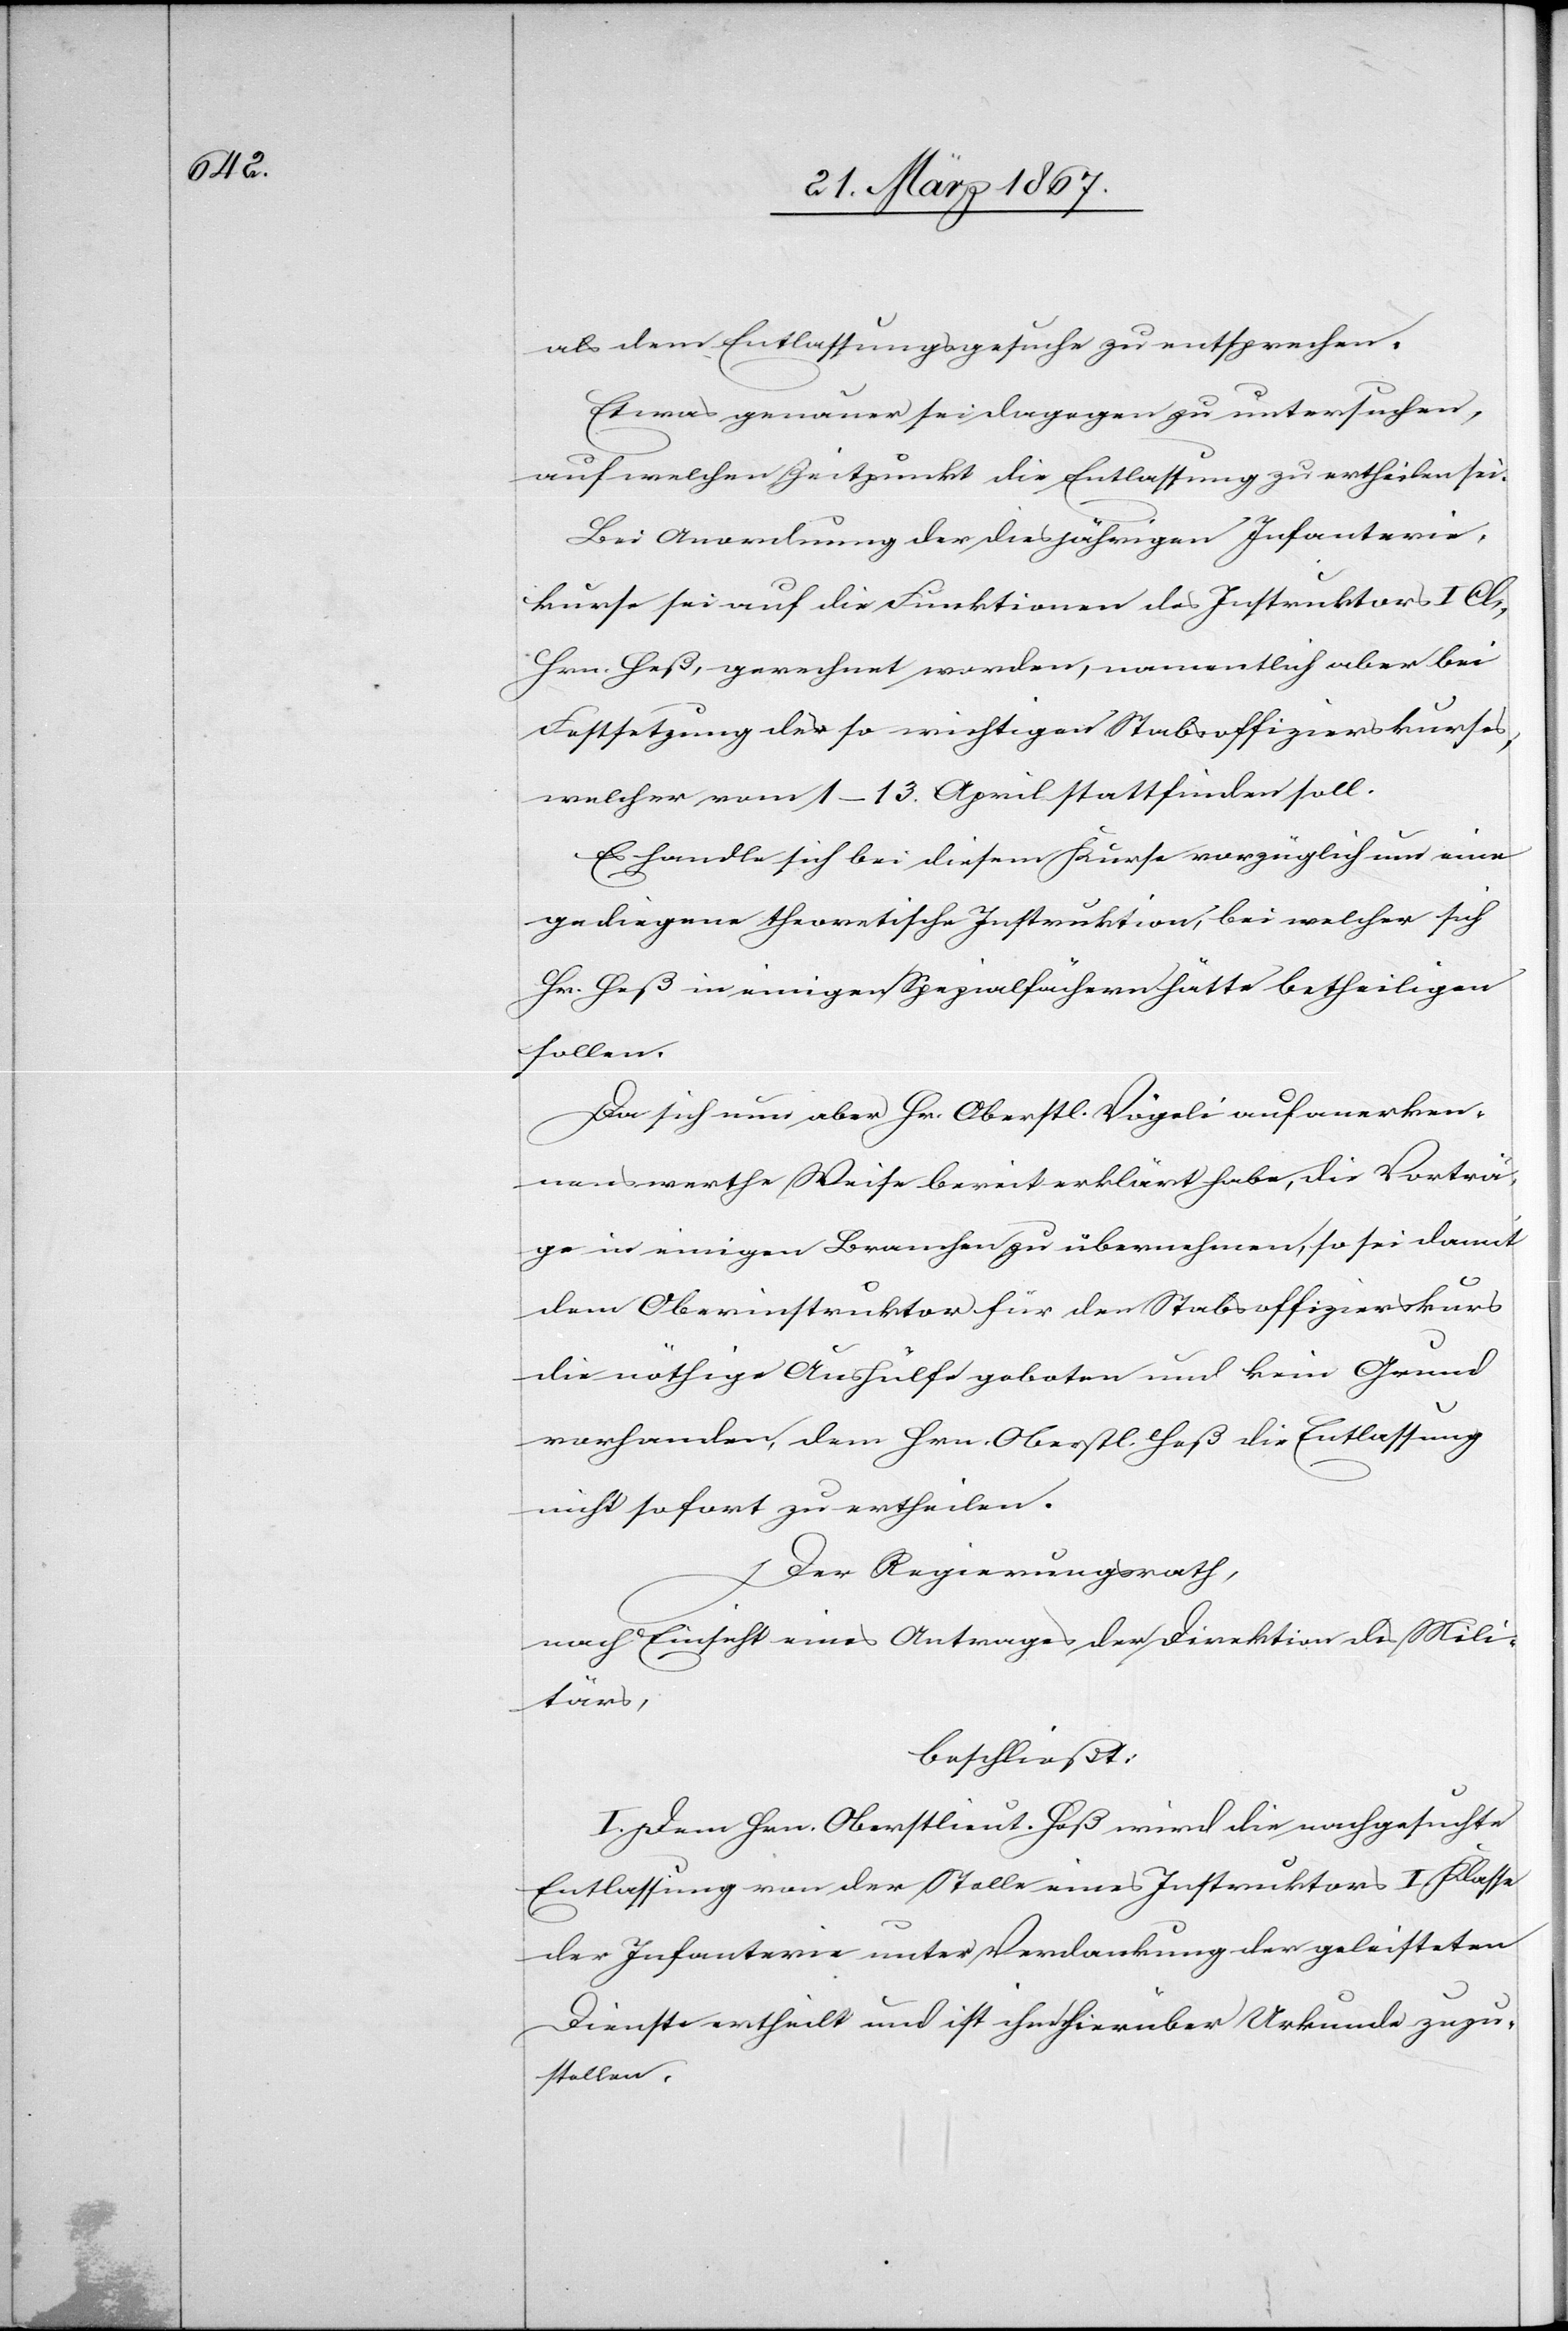
als dem Entlassungsgesuche zu entsprechen.
Ewas genauer sei dagegen zu untersuchen,
auf welchen Zeitpunkt die Entlassung zu ertheilen sei.
Bei Anwendung des diesjährigen Infanterie¬
kurses sei auf die Funktionen des Instruktors I Cl.,
Hrn. Heß, gerechnet worden, namentlich aber bei
Festsetzung des so wichtigen Stabsoffizierskurses,
welcher vom 1–13. April stattfinden soll.
Es handle sich bei diesem Kurse vorzüglich um eine
gediegene theoretische Instruktion, bei welcher sich
Hr. Heß in einigen Spezialfächern hätte betheiligen
sollen.
Da sich nun aber Hr. Oberstl. Vögeli auf anerken¬
nenswerthe Weise bereit erklärt habe, die Vorträ¬
ge in einigen Branchen zu übernehmen, so sei damit
dem Oberinstruktor für den Stabsoffizierskurs
die nöthige Aushülfe geboten und kein Grund
vorhanden, dem Hrn. Oberstl. Heß die Entlassung
nicht sofort zu ertheilen.
Der Regierungsrath,
nach Einsicht eines Antrages der Direktion des Mili¬
tärs,
beschließt:
I. Dem Hrn. Oberstlieut. Heß wird die nachgesuchte
Entlassung von der Stelle eines Instruktors I. Klasse
der Infanterie unter Verdankung der geleisteten
Dienste ertheilt und ist ihm hierüber Urkunde zuzu¬
stellen.